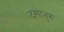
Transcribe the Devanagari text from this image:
दमातुरु